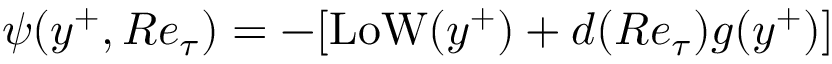
\psi ( y ^ { + } , R e _ { \tau } ) = - [ \mathrm { L o W } ( y ^ { + } ) + d ( R e _ { \tau } ) g ( y ^ { + } ) ]